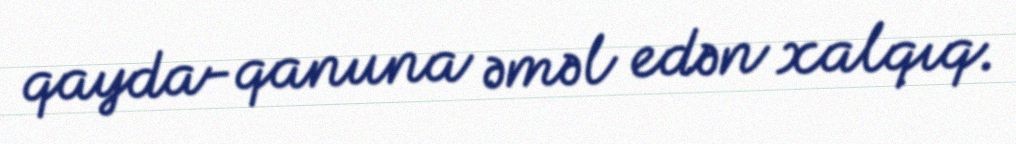
qayda-qanuna əməl edən xalqıq.